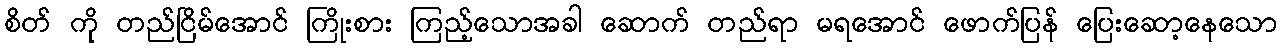
စိတ် ကို တည်ငြိမ်အောင် ကြိုးစား ကြည့်သောအခါ ဆောက် တည်ရာ မရအောင် ဖောက်ပြန် ပြေးဆော့နေသော